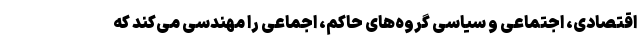
اقتصادی، اجتماعی و سیاسی گروه‌های حاکم، اجماعی را مهندسی می‌کند که